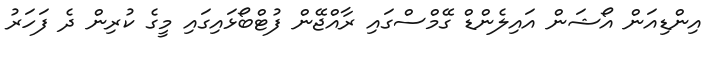
އިންޑިއަން އޯޝަން އައިލެންޑް ގޭމްސްގައި ރާއްޖޭން ފުޓްބޯޅައިގައި މީގެ ކުރިން ދެ ފަހަރު